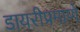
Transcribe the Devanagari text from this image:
डायरीप्रमाणे